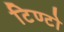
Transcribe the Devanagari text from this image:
टिण्टो